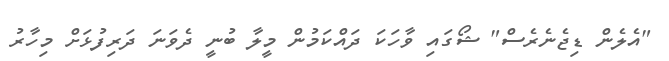
"އެލެން ޑިޖެނެރެސް" ޝޯގައި ވާހަކަ ދައްކަމުން މީލާ ބުނީ ދެވަނަ ދަރިފުޅަށް މިހާރު